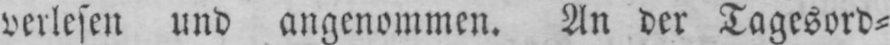
verlesen und angenommen. An der Tagesord⸗